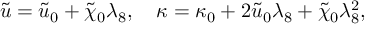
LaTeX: { \tilde { u } } = { \tilde { u } } _ { 0 } + \tilde { \chi } _ { 0 } \lambda _ { 8 } , \quad \kappa = \kappa _ { 0 } + 2 { \tilde { u } } _ { 0 } \lambda _ { 8 } + \tilde { \chi } _ { 0 } \lambda _ { 8 } ^ { 2 } ,